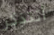
أتتذكر